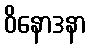
ဝိနောဒနာ